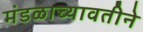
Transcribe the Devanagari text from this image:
मंडळाच्यावतीने